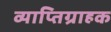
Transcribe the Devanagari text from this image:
व्याप्तिग्राहक